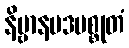
နိဗ္ဗာနပဒမစ္စုတံ